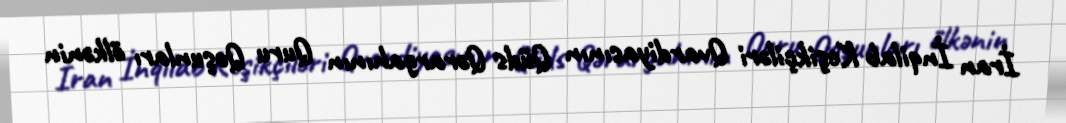
İran İnqilab Keşikçiləri Qvardiyasının Qüds Qərargahının Quru Qoşunları ölkənin